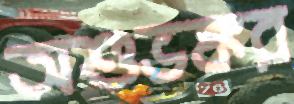
অশুভঙ্কর